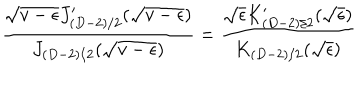
\frac { \sqrt { v - \epsilon } J _ { ( D - 2 ) / 2 } ^ { \prime } ( \sqrt { v - \epsilon } ) } { J _ { ( D - 2 ) / 2 } ( \sqrt { v - \epsilon } ) } = \frac { \sqrt { \epsilon } K _ { ( D - 2 ) / 2 } ^ { \prime } ( \sqrt { \epsilon } ) } { K _ { ( D - 2 ) / 2 } ( \sqrt { \epsilon } ) }